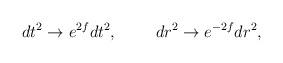
LaTeX: \begin{align*}dt^2\to e^{2f}dt^2,\ \ \ \ \ \ \ dr^2\to e^{-2f}dr^2, \end{align*}